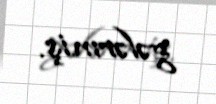
gələrmiş.